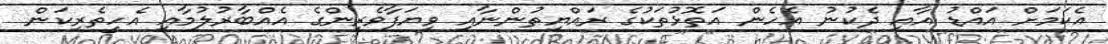
އެކަމަށް އައްޑު އާއި ދެކުނު އެހެން އަތޮޅުތަކުގެ ރައްޔިތުންނާއި ވިޔަފާވެރިންގެ އެއްބާރުލުމާއި އެހީތެރިކަން